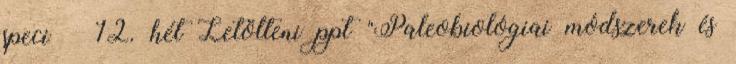
speci – 12. hét Letölteni ppt "Paleobiológiai módszerek és